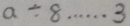
a \div 8 \cdots 3